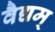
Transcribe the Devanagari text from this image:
वैद्यम्